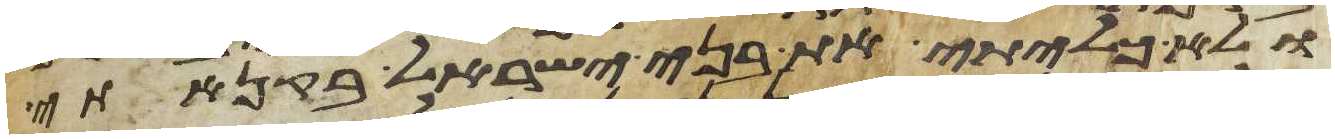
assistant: ולא כליתי את בני ישראל בקנאתי